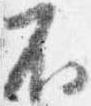
不